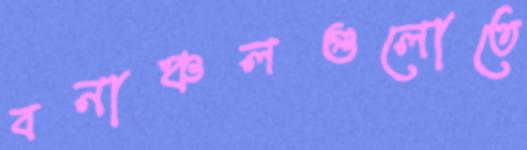
বনাঞ্চলগুলোতে